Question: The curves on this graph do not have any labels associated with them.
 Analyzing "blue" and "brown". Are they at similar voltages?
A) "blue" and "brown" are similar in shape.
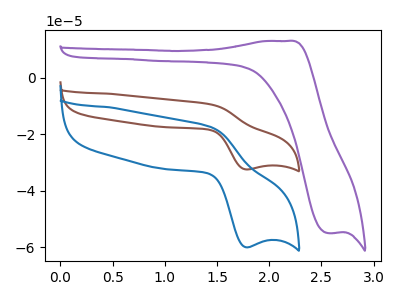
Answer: <think>The brown curve "brown" has an anodic peak at (1.45V, -9.45uA) and a cathodic peak at (1.80V, -32.45uA). The purple curve "purple" has an anodic peak at (2.15V, 13.00uA) and a cathodic peak at (2.55V, -54.95uA). The blue curve "blue" has an anodic peak at (1.45V, -17.45uA) and a cathodic peak at (1.80V, -60.00uA).
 All the peaks in "blue" have a peak in "brown" at the same potential.</think>
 <answer>A) "blue" and "brown" are similar in shape.</answer>
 <eval>A</eval>